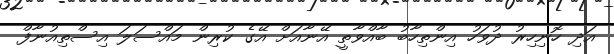
އަދި ހޮނިހިރު ދުވަހު އިންތިހާބު ބާއްވާތީ އޭނާއަށް އޭގެ ކުރިން މައްސަލަ އިސްތިއުނާފް